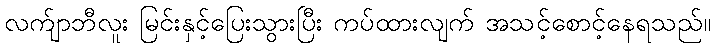
လက်ျာဘီလူး မြင်းနှင့်ပြေးသွားပြီး ကပ်ထားလျက် အသင့်စောင့်နေရသည်။